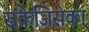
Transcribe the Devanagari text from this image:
सकेजिसका